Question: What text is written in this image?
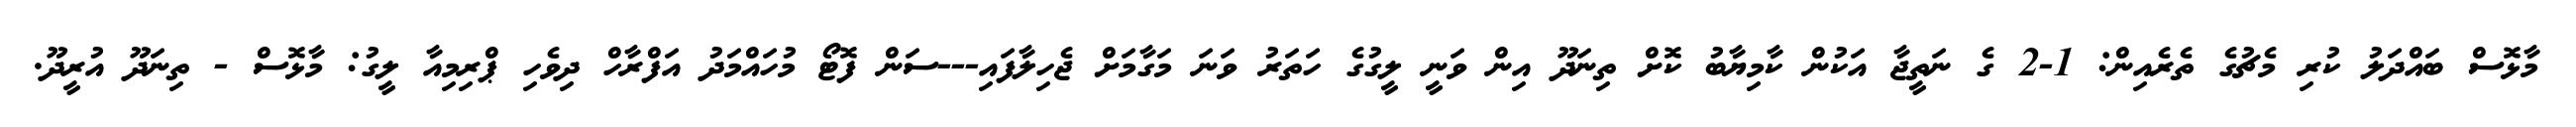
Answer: މާޅޮސް ބައްދަލު ކުރި މެޗުގެ ތެރެއިން: 1-2 ގެ ނަތީޖާ އަކުން ކާމިޔާބު ކޮށް ތިނަދޫ އިން ވަނީ ލީގުގެ ހަތަރު ވަނަ މަގާމަށް ޖެހިލާފައި---ސަން ފޮޓޯ މުހައްމަދު އަފްރާހް ދިވެހި ޕްރިމިއާ ލީގު: މާޅޮސް - ތިނަދޫ އުރީދޫ.